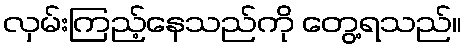
လှမ်းကြည့်နေသည်ကို တွေ့ရသည်။